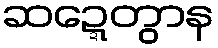
ဆဍ္ဍေတွာန